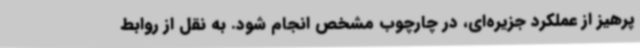
پرهیز از عملکرد جزیره‌ای، در چارچوب مشخص انجام ‌شود. به نقل از روابط